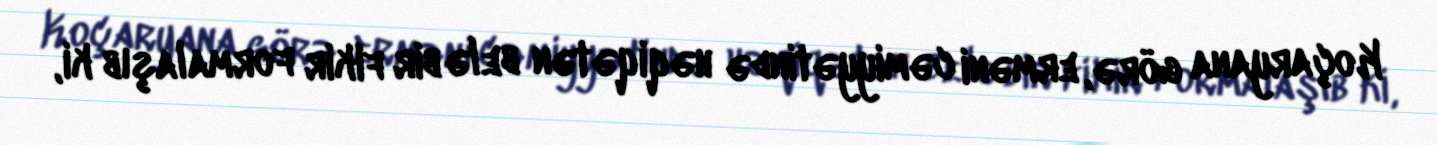
Koçaryana görə, erməni cəmiyyətində həqiqətən belə bir fikir formalaşıb ki,